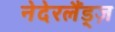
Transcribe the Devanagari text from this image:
नेदेरलैंड्ज़